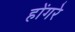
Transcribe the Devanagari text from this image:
होंगरे